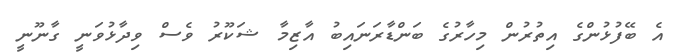
އެ ބޭފުޅުންގެ އިތުރުން މިހާރުގެ ބަންޑާރަނައިބު އާޒިމާ ޝަކޫރު ވެސް ވިދާޅުވަނީ ގާނޫނީ